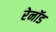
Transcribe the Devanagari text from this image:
रेनॉड